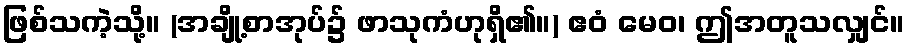
ဖြစ်သကဲ့သို့။ (အချို့စာအုပ်၌ ဖာသုကံဟုရှိ၏။) ဧဝံ မေဝ၊ ဤအတူသလျှင်။